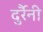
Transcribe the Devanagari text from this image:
दुर्रैनी